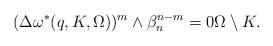
LaTeX: \begin{align*} (\Delta \omega^*(q, K, \Omega) )^m\wedge\beta_n^{n-m}=0\Omega\setminus K.\end{align*}